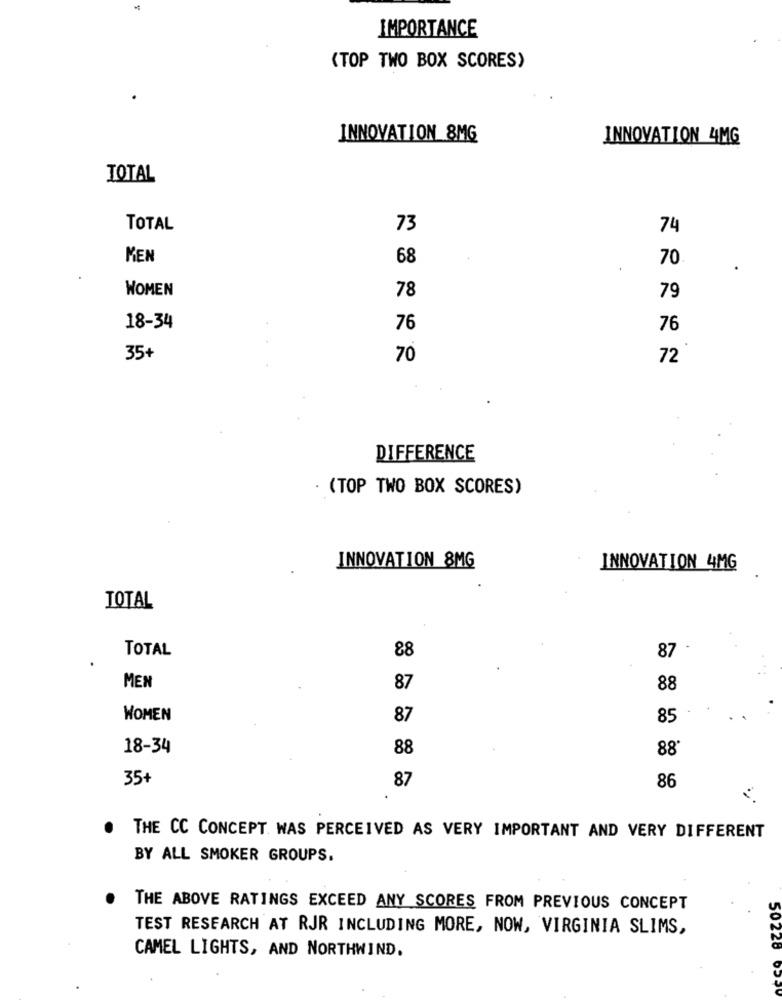
IMPORTANCE
(TOP TWO BOX SCORES)
INNOVATION 8MG
INNOVATION 4MG
TOTAL
TOTAL
73
74
MEN
68
70
WOMEN
78
79
18-34
76
76
35+
70
72
DIFFERENCE
· (TOP TWO BOX SCORES)
INNOVATION 8MG
INNOVATION 4MG
TOTAL
TOTAL
88
87
MEN
87
88
WOMEN
87
85
18-34
88
88
35+
87
86
THE CC CONCEPT WAS PERCEIVED AS VERY IMPORTANT AND VERY DIFFERENT
BY ALL SMOKER GROUPS.
THE ABOVE RATINGS EXCEED ANY SCORES FROM PREVIOUS CONCEPT
TEST RESEARCH AT RJR INCLUDING MORE, NOW, VIRGINIA SLIMS,
CAMEL LIGHTS, AND NORTHWIND.
50228